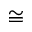
\cong